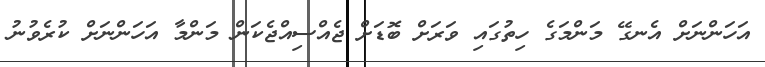
އަހަންނަށް އެނގޭ މަންމަގެ ހިތުގައި ވަރަށް ބޮޑަށް ޖެއްސިއްޖެކަން މަންމާ އަހަންނަށް ކުރެވުނު